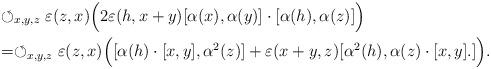
LaTeX: \begin{align*}&\circlearrowleft_{x,y,z}\varepsilon(z,x)\Big(2\varepsilon(h,x+y)[\alpha(x),\alpha(y)]\cdot[\alpha(h),\alpha(z)]\Big)\\&=\circlearrowleft_{x,y,z}\varepsilon(z,x)\Big([\alpha(h)\cdot[x,y],\alpha^2(z)]+\varepsilon(x+y,z)[\alpha^2(h),\alpha(z)\cdot[x,y].]\Big).\end{align*}